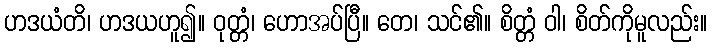
ဟဒယံတိ၊ ဟဒယဟူ၍။ ဝုတ္တံ၊ ဟောအပ်ပြီ။ တေ၊ သင်၏။ စိတ္တံ ဝါ၊ စိတ်ကိုမူလည်း။